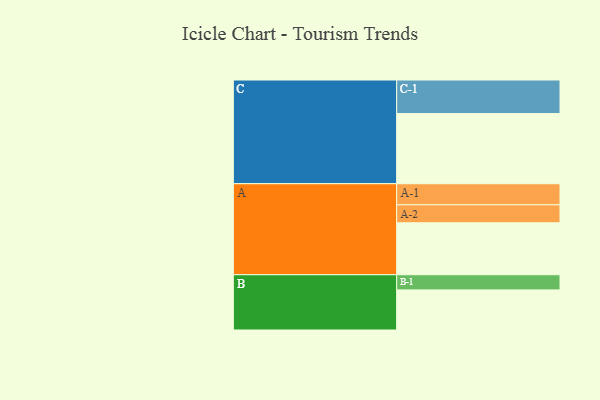
{"axis": {"x": "Segment", "y": "Value"}, "legend": ["", "A", "B", "C"], "data": [{"x": "A", "y": 404, "type": ""}, {"x": "B", "y": 312, "type": ""}, {"x": "C", "y": 546, "type": ""}, {"x": "A-1", "y": 164, "type": "A"}, {"x": "A-2", "y": 140, "type": "A"}, {"x": "B-1", "y": 118, "type": "B"}, {"x": "C-1", "y": 261, "type": "C"}]}